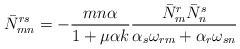
\begin{align*}\bar N^{rs}_{mn} = - {mn\alpha \over 1 + \mu \alpha k} {\bar N_m^r\bar N_n^s \over \alpha_s\omega_{rm} + \alpha_r\omega_{sn}}\end{align*}